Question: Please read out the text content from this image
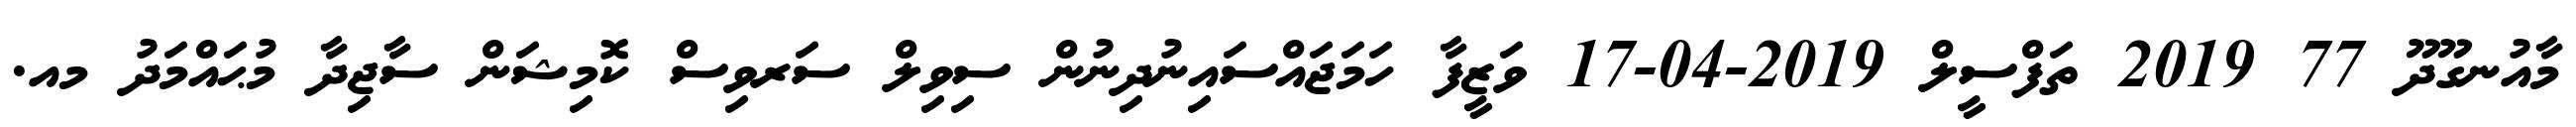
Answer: މާއުނގޫދޫ 77 2019 ތަފްސީލް 2019-04-17 ވަޒީފާ ހަމަޖައްސައިނުދިނުން ސިވިލް ސަރވިސް ކޮމިޝަން ސާޖިދާ މުޙައްމަދު މއ.